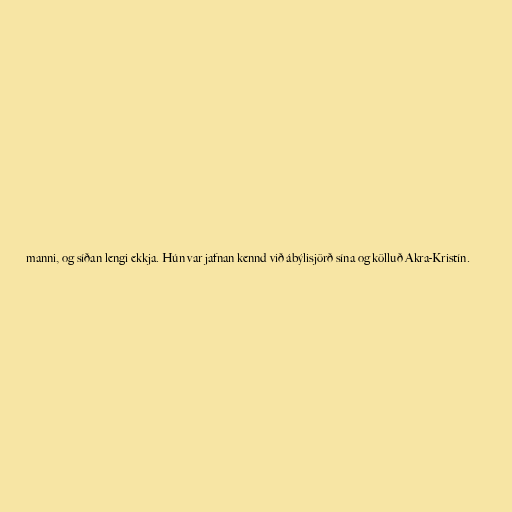
manni, og síðan lengi ekkja. Hún var jafnan kennd við ábýlisjörð sína og kölluð Akra-Kristín.